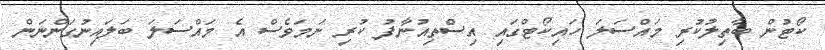
ކޯޓުން ބާތިލުކުރި މައްސަލަ ހައިކޯޓްގައި އިސްތިއުނާފު ކުރި ނަމަވެސް އެ މައްސަލަ ބަލައިނުގަންނަން